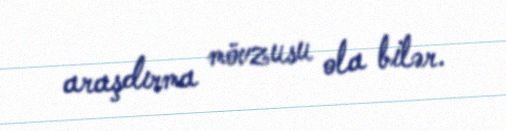
araşdırma mövzusu ola bilər.